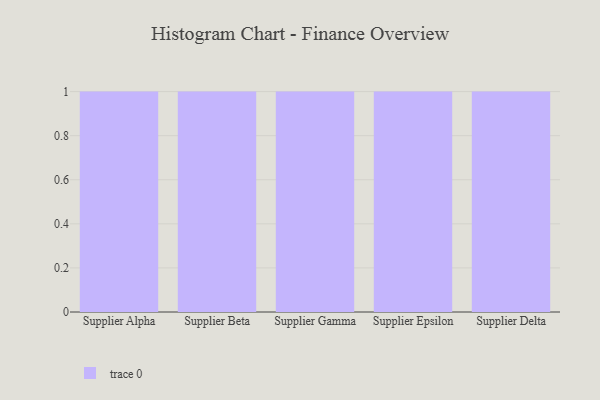
{"axis": {"x": "Supplier", "y": "Churn Rate (%)"}, "legend": [""], "data": [{"x": "Supplier Alpha", "y": 100, "type": ""}, {"x": "Supplier Beta", "y": 45, "type": ""}, {"x": "Supplier Gamma", "y": 57, "type": ""}, {"x": "Supplier Epsilon", "y": 73, "type": ""}, {"x": "Supplier Delta", "y": 74, "type": ""}]}